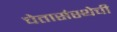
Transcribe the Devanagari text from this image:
चेतासंस्थेची